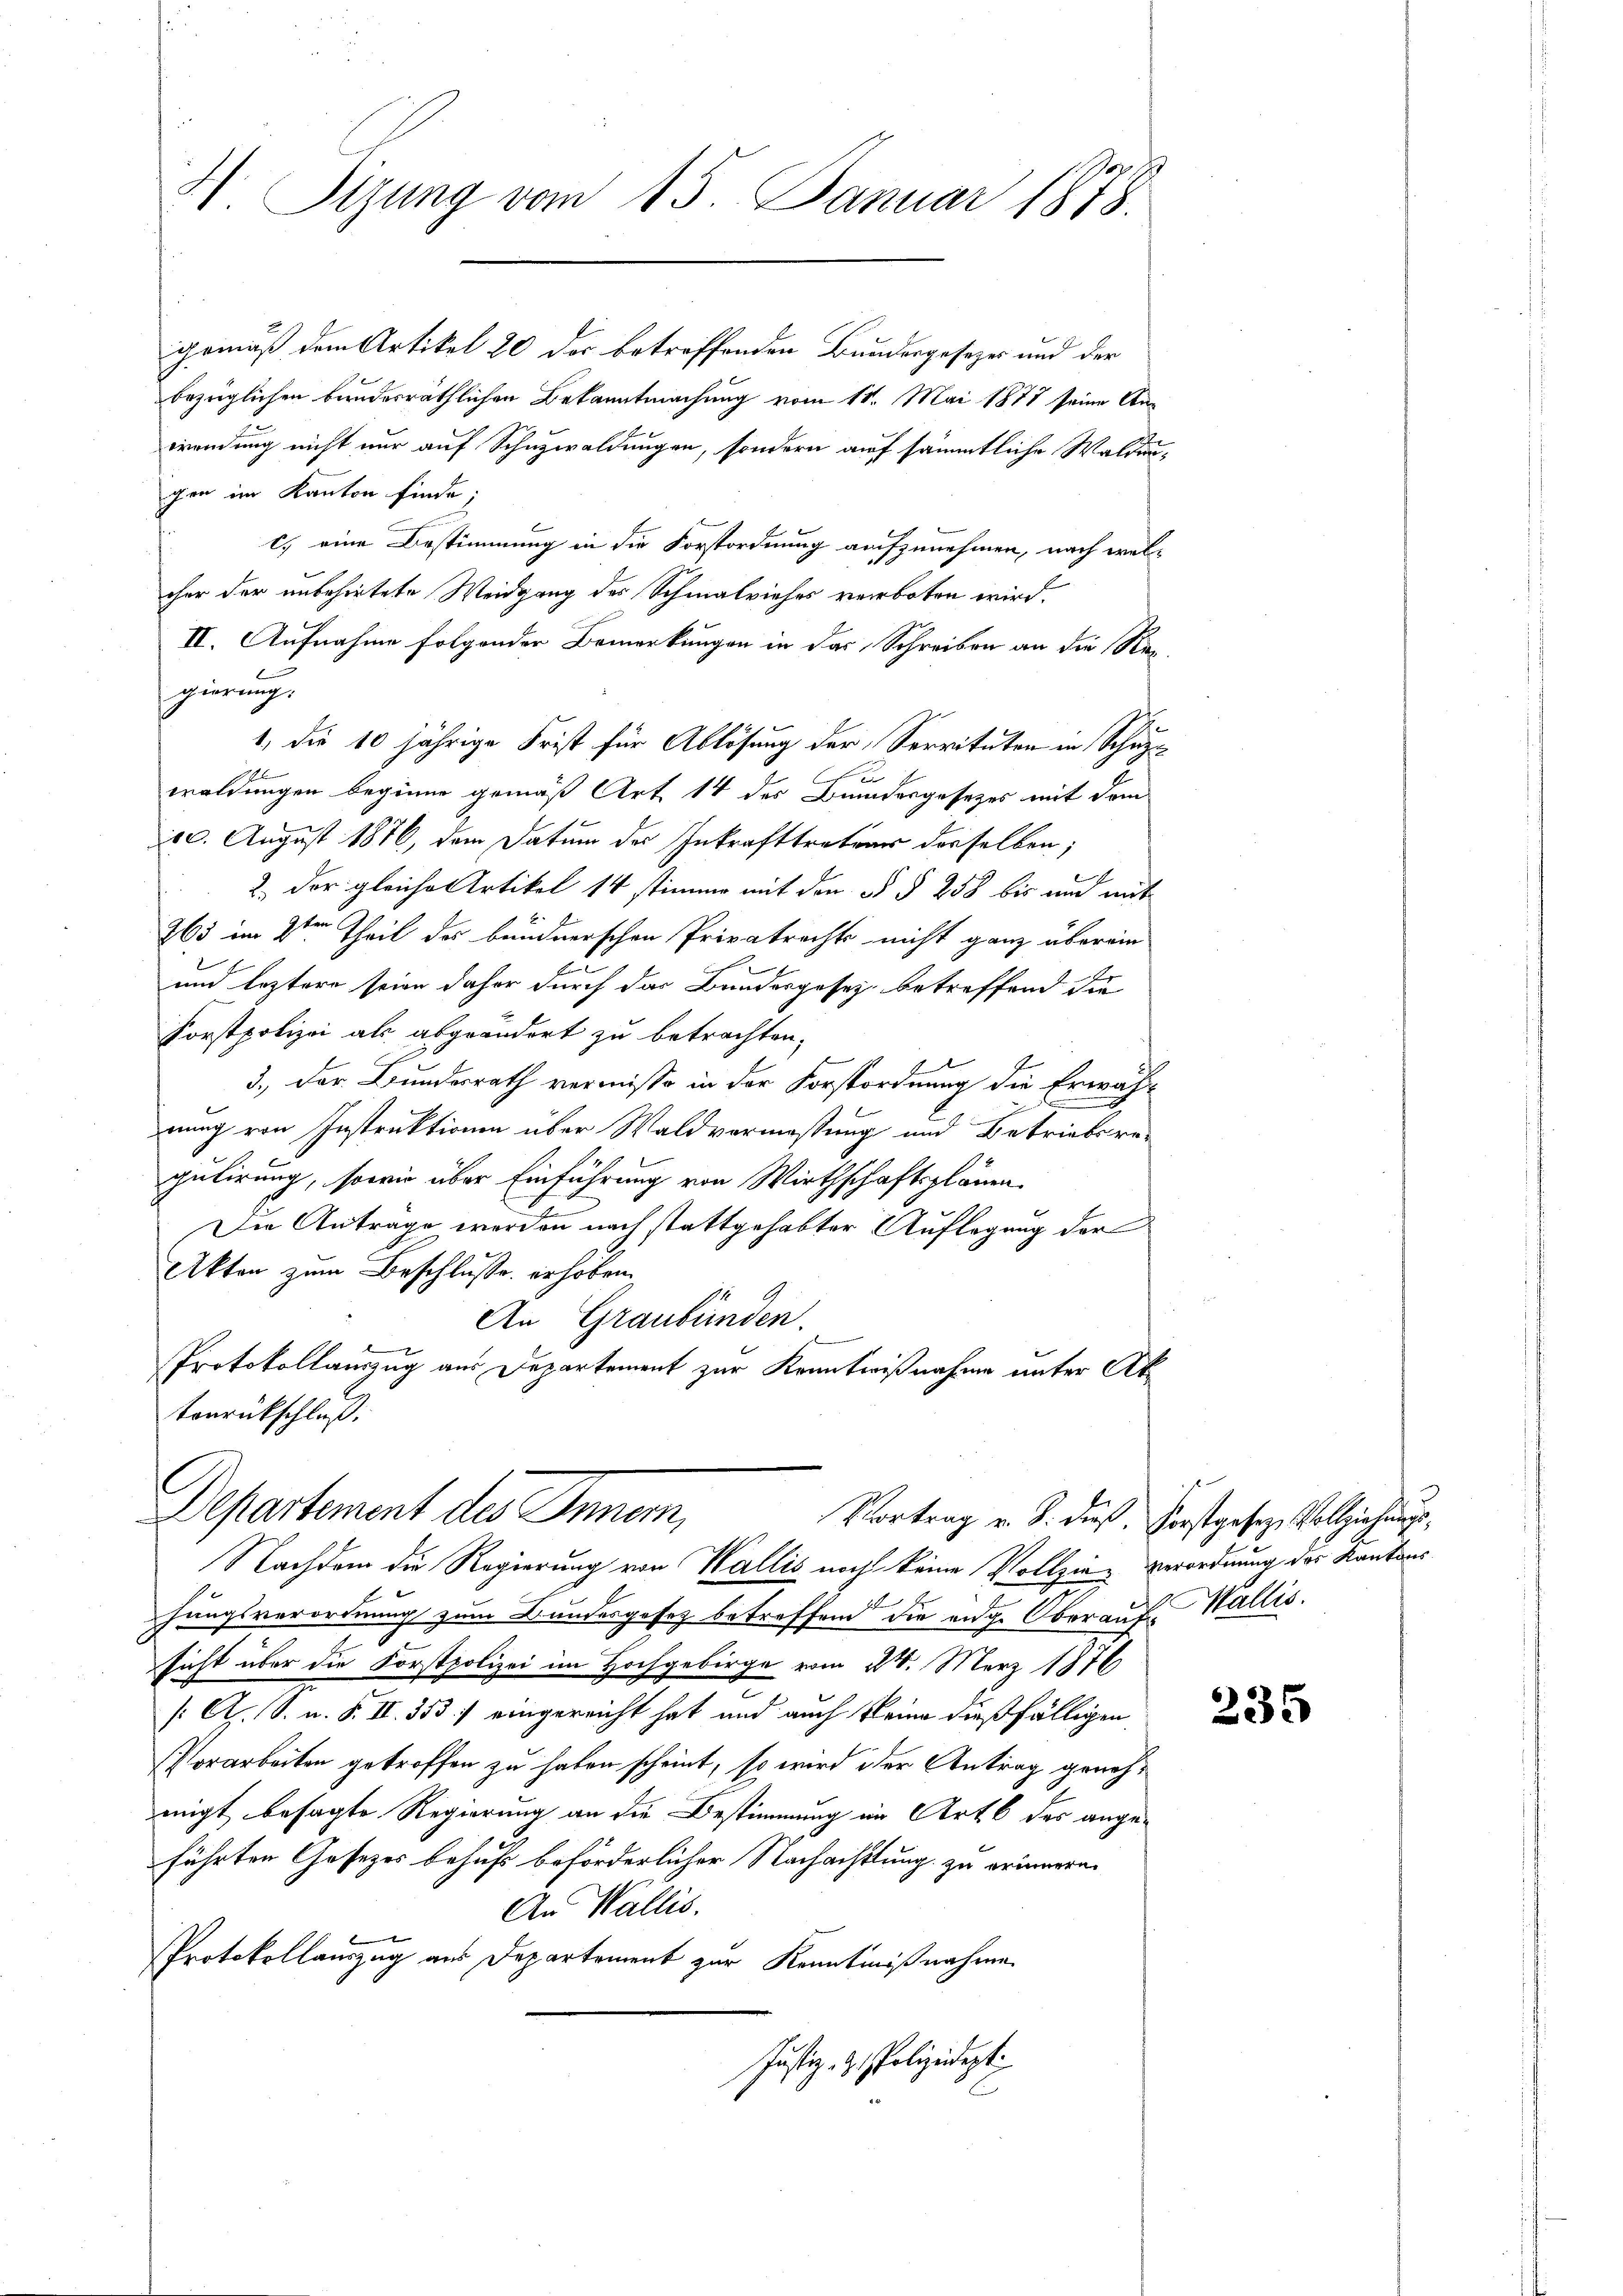
H Sizung vom 15. Januar 1878.

i
gemäß dem Artikel 20 der betreffenden Bundesgesetzes und der
bezüglichen bundesräthlichen Bekanntmachung vom 11. Mai 1878 seine Anwendung nicht nur auf Schuzwaldungen, sondern auf sämmtliche Waldanchen im Kanton finde;
c. eine Bestimmung in die Forstordnung aufzunehmen, nach welcher der unbehörtete Weidgang des Schmalviehes verboten wird.
II. Aufnahme folgender Bemerkungen in das Schreiben an die Rec
gierung:
1, die 10 jährige Frist für Ablösung der Servituten in Schup¬
1

woldungen beginne gemäß Art 14 des Bundesgesetzes mit dem
20. August 1876, dem Datum des Inkrafttratior derselben;
e
2. der gleiche Artikel 14 stimme mit den § § 258 bis und mit
E
265 im 2ten Theil des bundnerschen Privatrechts nicht ganz überein
A.
und leztere seine daher durch das Bundesgesez betreffend die
Forstpolizei als abgeändert zu betrachten.
3.) Der Bundesrath vermisse in der Forstordnung die Erwähnung von Instruktionen über Waldvermassung und Betriebsregulirung, sowie über Einführung von Wirthschaftsplänen.
Die Antrage werden nach stattgehabter Auflegung der
Akten zum Beschlusse erhoben.
An Graubünden.
Protokollauszug aus Departement zur Kenntnißnahme unter Aktonrückschluß.

Departement des Inner,
Nachdem die Regierung von Wallis noch keine Vollzie-Verordnung des Kantons

hungsverordnung zum Bundesgesez betreffend die eidge Oberauf Wallis.
sicht über die Forstpolizei im Hochgebirge vom 24. März 1876
e
/: A. S. n. F. II. 353. / eingereicht hat und auch keine dießfälligen
Vorarbeiten getroffen zu haben scheint, so wird der Antrag genehmigt besagte Regierung an die Bestimmung im Art. 6 des angeführten Gesetzes behufs beförderlicher Nachachtung zu erinnern.
An Wallis.
Protokollauszug aus Departement zur Kenntnißnahme
Justiz- & Polizeidept:

Vortrag v. J. dieß. Forstgeseze Vollziehungs¬

235